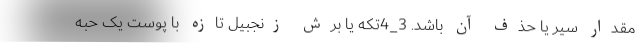
مقدار سیر یا حذف آن باشد. 3_4تکه یا برش زنجبیل تازه با پوست یک حبه